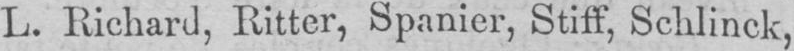
L. Bichard, Ritter, Spanier, Stiff, Schlinck,